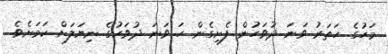
މަހުގެ ހަތަރު ވަނަ ދުވަހުން ފެށިގެން ހަ ވަނަ ދުވަހުގެ ނިޔަލަށް ކަމަށެވެ.